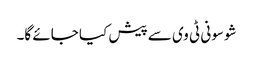
شو سونی ٹی وی سے پیش کیا جائے گا۔